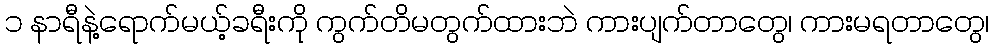
၁ နာရီနဲ့ရောက်မယ့်ခရီးကို ကွက်တိမတွက်ထားဘဲ ကားပျက်တာတွေ၊ ကားမရတာတွေ၊